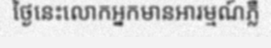
ថ្ងៃនេះលោកអ្នកមានអារម្មណ៍ភ្លឺ